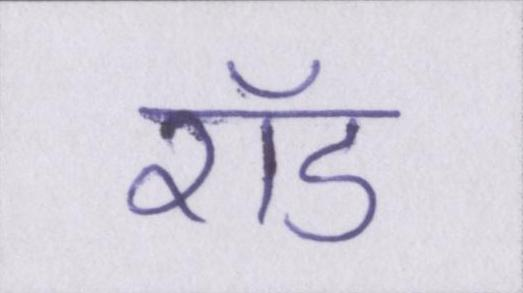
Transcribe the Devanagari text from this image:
रॉड